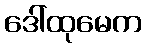
ဒေါ်ထုမေက